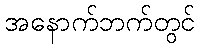
အနောက်ဘက်တွင်